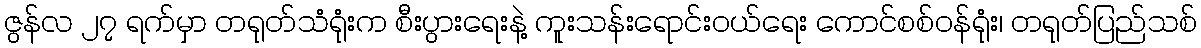
ဇွန်လ ၂၇ ရက်မှာ တရုတ်သံရုံးက စီးပွားရေးနဲ့ ကူးသန်းရောင်းဝယ်ရေး ကောင်စစ်ဝန်ရုံး၊ တရုတ်ပြည်သစ်